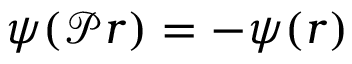
\psi ( \mathcal { P } { \boldsymbol { r } } ) = - \psi ( { \boldsymbol { r } } )